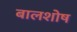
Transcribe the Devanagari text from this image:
बालशोष